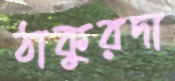
ঠাকুরদা